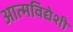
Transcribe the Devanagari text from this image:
आत्मविद्येशी